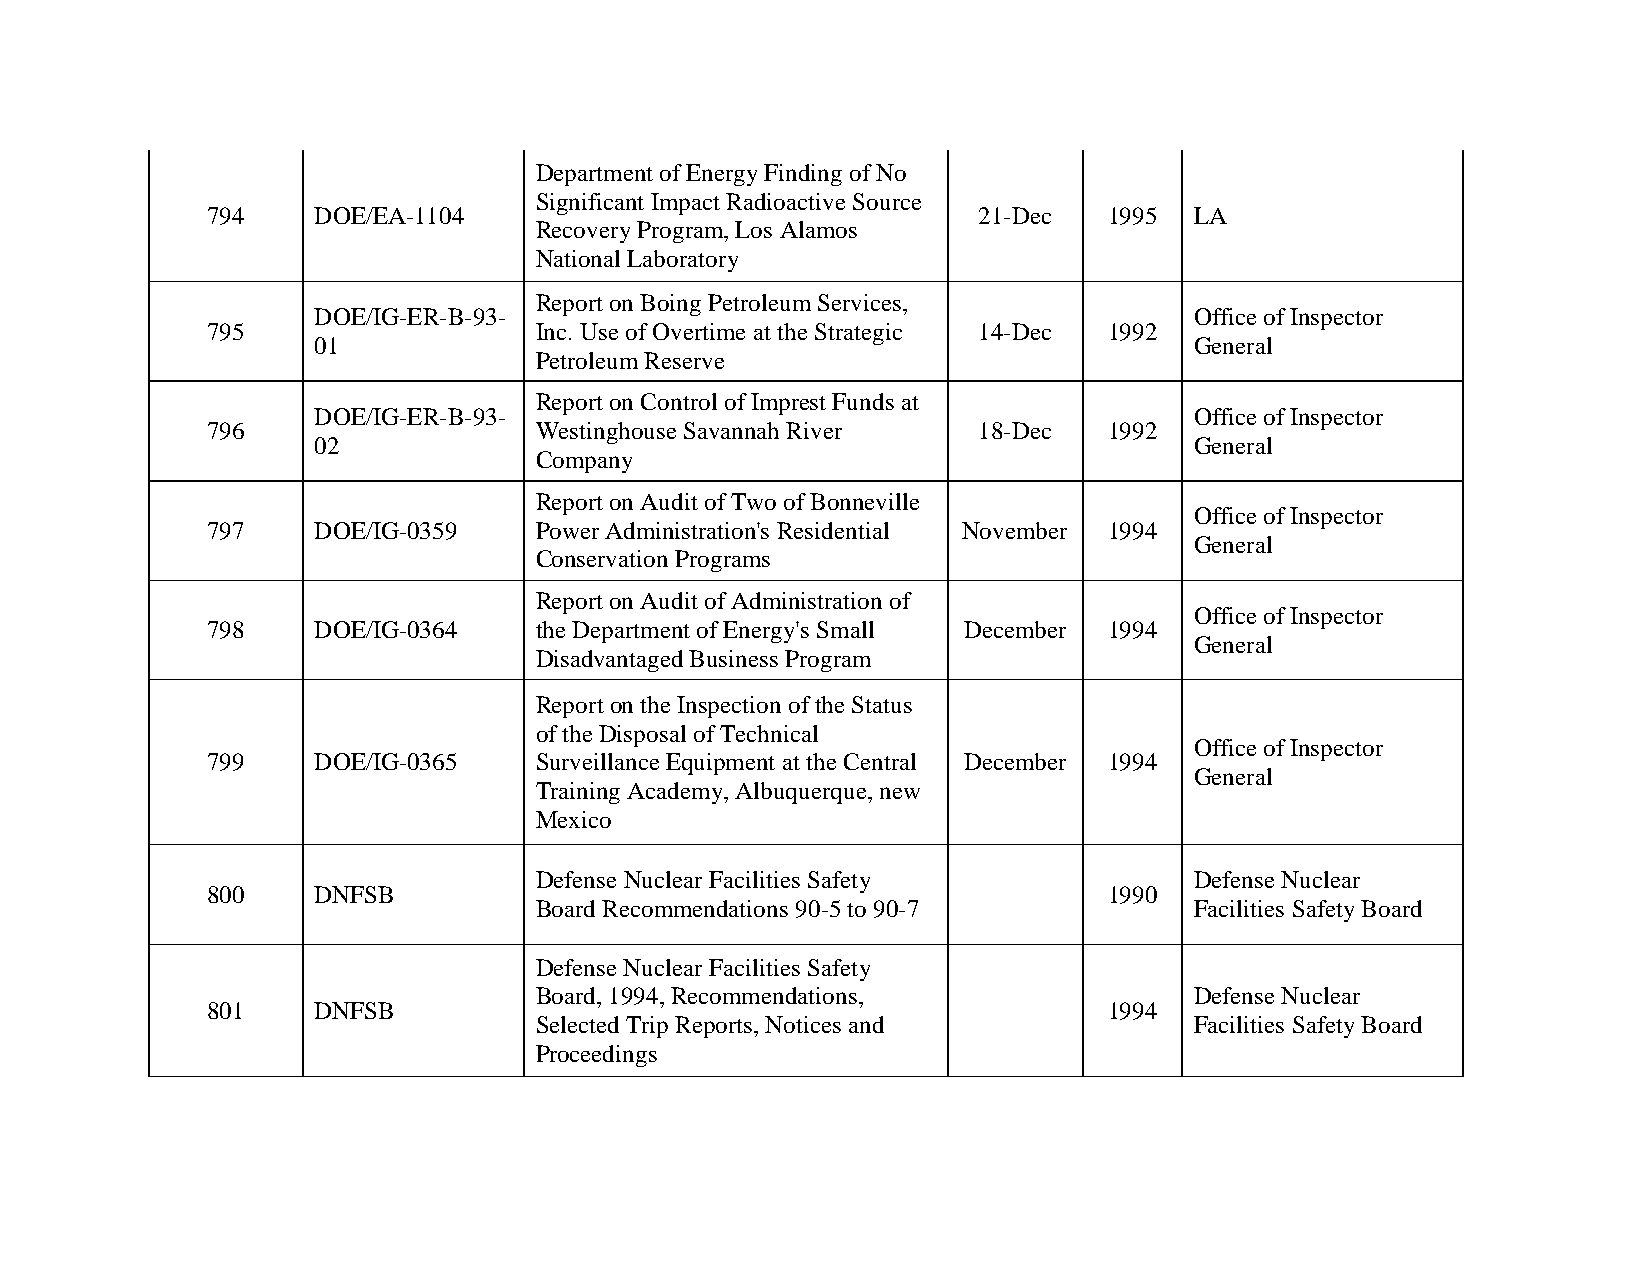
Department of Energy Finding of No
 Significant Impact Radioactive Source
 794    DOE/EA-1104                                 21-Dec  1995  LA
 Recovery Program, Los Alamos
 National Laboratory
 Report on Boing Petroleum Services,
 DOE/IG-ER-B-93-                                           Office of Inspector
 795                  Inc. Use of Overtime at the Strategic 14-Dec 1992
 01                                                        General
 Petroleum Reserve
 Report on Control of Imprest Funds at
 DOE/IG-ER-B-93-                                           Office of Inspector
 796                  Westinghouse Savannah River   18-Dec  1992
 02                                                        General
 Company
 Report on Audit of Two of Bonneville
 Office of Inspector
 797    DOE/IG-0359   Power Administration's Residential November 1994
 General
 Conservation Programs
 Report on Audit of Administration of
 Office of Inspector
 798    DOE/IG-0364   the Department of Energy's Small December 1994
 General
 Disadvantaged Business Program
 Report on the Inspection of the Status
 of the Disposal of Technical
 Office of Inspector
 799    DOE/IG-0365   Surveillance Equipment at the Central December 1994
 General
 Training Academy, Albuquerque, new
 Mexico
 Defense Nuclear Facilities Safety           Defense Nuclear
 800    DNFSB                                               1990
 Board Recommendations 90-5 to 90-7          Facilities Safety Board
 Defense Nuclear Facilities Safety
 Board, 1994, Recommendations,               Defense Nuclear
 801    DNFSB                                               1994
 Selected Trip Reports, Notices and          Facilities Safety Board
 Proceedings